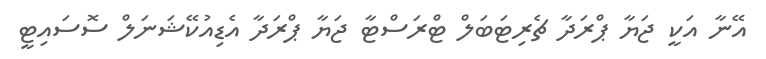
އޭނާ އަކީ ޖަޔާ ޕްރަދާ ޗެރިޓަބަލް ޓްރަސްޓާ ޖަޔާ ޕްރަދާ އެޑިއުކޭޝަނަލް ސޮސައިޓީ